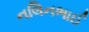
નલિનભાઈ